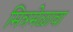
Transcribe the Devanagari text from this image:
मित्रमेळावा